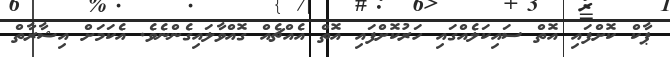
ޕާކް ކޮށްފައި އޮތް ސައިކަލެއްގައި ހަރުކޮށްފައި އޮތް އެއްޗެއް ގޮއްވާލައިގެންނެވެ. އެކަމަށް އިޝާރާތް